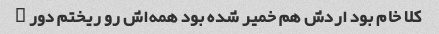
کلا خام بود اردش هم خمیر شده بود همه‌اش رو ریختم دور …